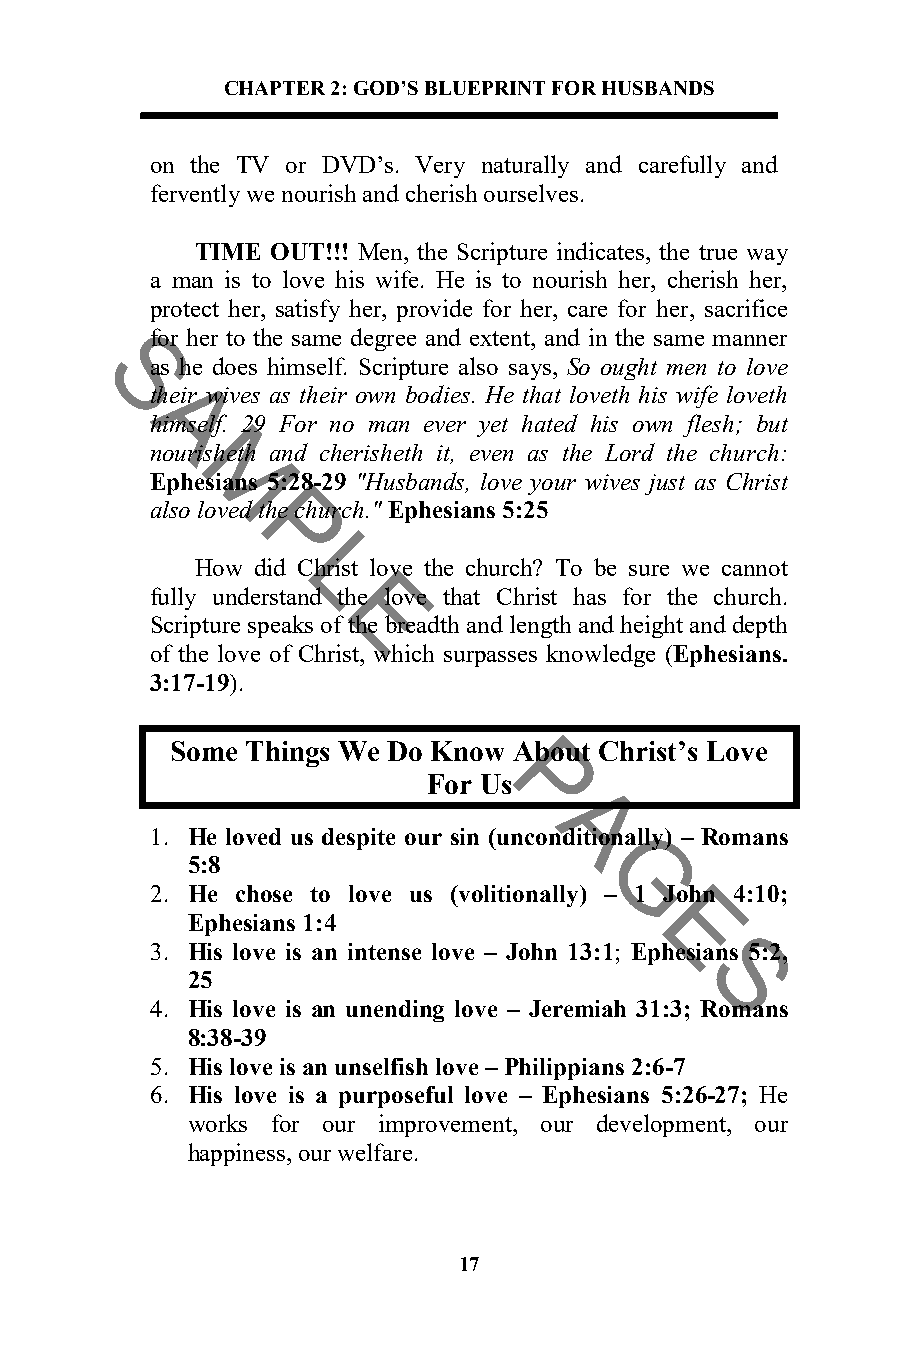
CHAPTER 2: GOD’S BLUEPRINT FOR HUSBANDS
 on the TV or DVD’s. Very naturally and carefully and
 fervently we nourish and cherish ourselves.
 TIME OUT!!! Men, the Scripture indicates, the true way
 a man is to love his wife. He is to nourish her, cherish her,
 protect her, satisfy her, provide for her, care for her, sacrifice
 for her to the same degree and extent, and in the same manner
 as he does himself. Scripture also says, So ought men to love
 S
 their wives as their own bodies. He that loveth his wife loveth
 Ahimself. 29 For no man ever yet hated his own flesh; but
 nourisheth and cherisheth it, even as the Lord the church:
 EphMesians 5:28-29 "Husbands, love your wives just as Christ
 also loved the church." Ephesians 5:25
 P
 How did LChrist love the church? To be sure we cannot
 fully understand the love that Christ has for the church.
 E
 Scripture speaks of the breadth and length and height and depth
 of the love of Christ, wh ich surpasses knowledge (Ephesians.
 3:17-19).
 Some Things We Do Know About Christ’s Love
 For UPs
 A
 1. He loved us despite our sin (unconditionally) – Romans
 5:8
 G
 2. He chose to love us (volitionally) – 1 John 4:10;
 Ephesians 1:4                 E
 3. His love is an intense love – John 13:1; Ephesians 5:2,
 25                                S
 4. His love is an unending love – Jeremiah 31:3; Romans
 8:38-39
 5. His love is an unselfish love – Philippians 2:6-7
 6. His love is a purposeful love – Ephesians 5:26-27; He
 works for our improvement, our development, our
 happiness, our welfare.
 17